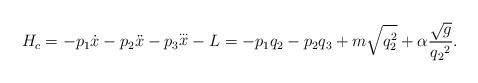
LaTeX: \begin{align*}H_c=-p_1{\dot x}-p_2{\ddot x}-p_3{\stackrel{\ldots}{x}}-L=-p_1q_2-p_2q_3+m\sqrt{q_2^2}+\alpha\frac{\sqrt{g}}{{q_2}^2}.\end{align*}